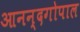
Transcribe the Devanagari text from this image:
आनन्दगोपाल